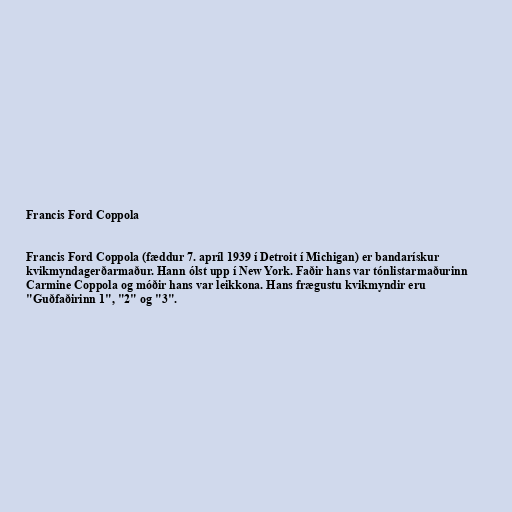
Francis Ford Coppola

Francis Ford Coppola (fæddur 7. apríl 1939 í Detroit í Michigan) er bandarískur
kvikmyndagerðarmaður. Hann ólst upp í New York. Faðir hans var tónlistarmaðurinn
Carmine Coppola og móðir hans var leikkona. Hans frægustu kvikmyndir eru
"Guðfaðirinn 1", "2" og "3".